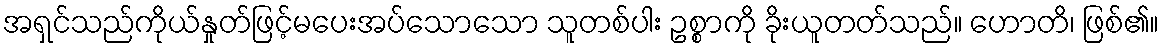
အရှင်သည်ကိုယ်နှုတ်ဖြင့်မပေးအပ်သောသော သူတစ်ပါး ဥစ္စာကို ခိုးယူတတ်သည်။ ဟောတိ၊ ဖြစ်၏။